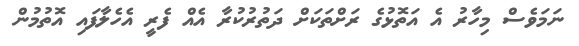
ނަމަވެސް މިހާރު އެ އަތޮޅުގެ ރަށްތަކަށް ދަތުރުކުރާ އެއް ފެރީ އެހެލާފައި އޮތުމުން